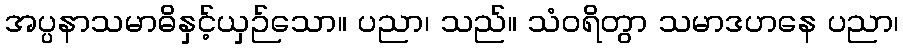
အပ္ပနာသမာဓိနှင့်ယှဉ်သော။ ပညာ၊ သည်။ သံဝရိတွာ သမာဒဟနေ ပညာ၊